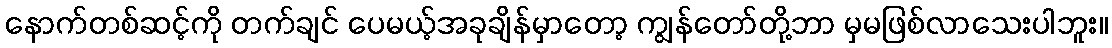
နောက်တစ်ဆင့်ကို တက်ချင် ပေမယ့်အခုချိန်မှာတော့ ကျွန်တော်တို့ဘာ မှမဖြစ်လာသေးပါဘူး။